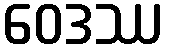
ဝေဒဿ